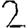
Digit: 2